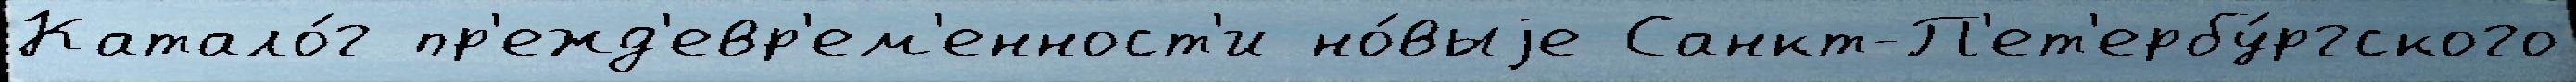
Катало́г пр'ежд'евр'ем'енност'и но́выjе Санкт-П'ет'ербу́ргского